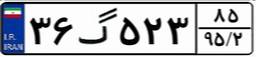
۰۱گ۱۳۷۶۲